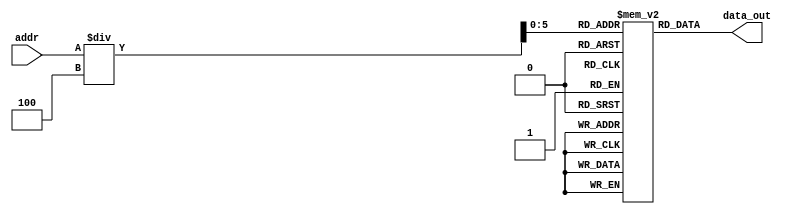
/*`ifndef INSTMEM
`define INSTMEM*/
/*******************************************************************
*
* Module: ControlUnit.v
* Project: Pipelined-RISC-V Processor
* Description: @inputs: addr
               @outputs: data_out
               @importance: storing instructions to be feteched
*
* Change history:  04/11/2023  three sets of instructions for testing
*
**********************************************************************/



module InstMem(
    input [31:0] addr,
    output [31:0] data_out
);
    reg [31: 0] Mem [0: 63];
    assign data_out = Mem[addr/4];
    
    // test case 1
    /*
    initial begin
        Mem[0] = 32'h00002083;      //lw x1, 0(x0)
        Mem[1] = 32'h00402103;      //lw x2, 4(x0)
        Mem[2] = 32'h00802183;      //lw x3, 8(x0)
        Mem[3]=32'h0052f463;        //bgeu x5, x5, 8
        Mem[4]=32'h0ff0000f;        //fence
        Mem[5]=32'h00215313;        //srli x6, x2, 2
        Mem[6]=32'h0ff0000f;        //fence
        Mem[7]=32'h00119393;        //slli x7, x3, 1
        Mem[8]=32'h00000073;        //ecall
        Mem[9]=32'h40110433;        //sub x8, x2, x1
        Mem[10]=32'h4021d213;       //srai x4, x3, 2	
        Mem[11]=32'h0000a6b7;       //lui x13, 10
        Mem[12]=32'h401184b3;       //sub x9, x3, x1
        Mem[13]=32'h00615533;       //srl x10, x2, x6
        Mem[14]=32'h0ff0000f;       //fence
    end 
    */
    
    // test case 2
    /*
    initial begin
        Mem[0] = 32'h00002083;      //lw x1, 0(x0)
        Mem[1] = 32'h00402103;      //lw x2, 4(x0)
        Mem[2] = 32'h00802183;      //lw x3, 8(x0)
        Mem[3] = 32'h00c02283;      // lw x5, 12(x0)           
        Mem[4] = 32'h00614213;      // xori x4, x2, 6
        Mem[5] = 32'h00513333;      //sltu x6, x2, x5 
        Mem[6] = 32'h005123B3;      // slt x7, x2, x5
        Mem[7] = 32'h0051E463;      // bltu x3, x5,
        Mem[8] = 32'h00310233;      // add x4, x2, x3
        Mem[9] = 32'h00000073;      // ecall
        Mem[10] = 32'h00001263;     // bne x0, x0, 4
        Mem[11] = 32'h02713413;     // sltiu x8, x2, 39
        Mem[12] = 32'h00C004EF;     // jal x9, 12
        Mem[13] = 32'h0021DA63;     // bge x3, x2, 20
        Mem[14] = 32'h03218593;     // addi x11, x3, 50
        Mem[15] = 32'h00048567;     // jalr x10, x9, 0
        Mem[16] = 32'h00104463;     // blt x0, x1, 8
        Mem[17] = 32'h00000013;     // addi x0, x0, 0
        Mem[18] = 32'h00001617;     // auipc x12, 1
        Mem[19] = 32'h000146B3;     // xor x13, x2, x0
        Mem[20] = 32'hFFF13713;     // sltiu x14, x2, -1
        Mem[21] = 32'hFFF12793;     // slti x15, x2, -1
        Mem[22] = 32'h00416813;     // ori x16, x2, 4
        Mem[23] = 32'h0000F113;     // andi x2, x1, 0
        Mem[24] = 32'h03218593;     // addi x11, x3, 50
        Mem[25] = 32'h00100073;     // ebreak
        Mem[26] = 32'h00310133;     // add x2, x2, x3
        Mem[27] = 32'h00000013;     // addi x0, x0, 0
    end
    */
    
    //test case 3    
    /*
    initial begin
        Mem[0] = 32'h00002083;      //lw x1, 0(x0)
        Mem[1] = 32'h00402103;      //lw x2, 4(x0)
        Mem[2] = 32'h00802183;      //lw x3, 8(x0)
        Mem[3] = 32'h0020E233;      //or x4, x1, x2
        Mem[4] = 32'h00320463;      //beq x4, x3, 8
        Mem[5] = 32'h002081B3;      //add x3, x1, x2
        Mem[6] = 32'h002182B3;      //add x5, x3, x2
        Mem[7] = 32'h00502623;      //sw x5, 12(x0)
        Mem[8] = 32'h00C02303;      //lw x6, 12(x0)
        Mem[9] = 32'h001373B3;      //and x7, x6, x1
        Mem[10] = 32'h40208433;     //sub x8, x1, x2
        Mem[11] = 32'h00208033;     //add x0, x1, x2
        Mem[12] = 32'h001004B3;     //add x9, x0, x1
    end
    */
    
endmodule
//`endif